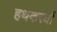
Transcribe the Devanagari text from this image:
हथकरघों